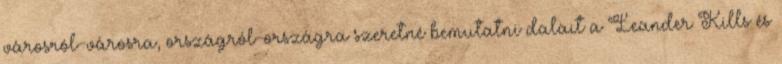
városról-városra, országról-országra szeretné bemutatni dalait a Leander Kills és